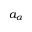
a _ { \alpha }